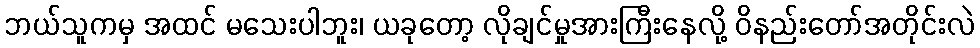
ဘယ်သူကမှ အထင် မသေးပါဘူး၊ ယခုတော့ လိုချင်မှုအားကြီးနေလို့ ဝိနည်းတော်အတိုင်းလဲ